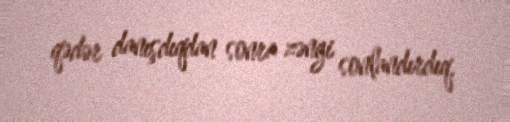
qədər danışdıqdan sonra zəngi sonlandırdıq.